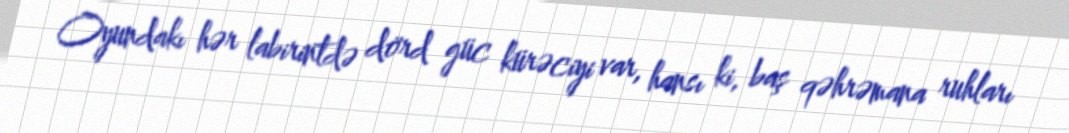
Oyundakı hər labirintdə dörd güc kürəciyi var, hansı ki, baş qəhrəmana ruhları